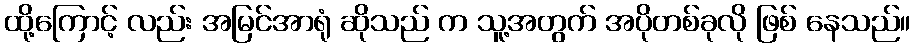
ထို့ကြောင့် လည်း အမြင်အာရုံ ဆိုသည် က သူ့အတွက် အပိုတစ်ခုလို ဖြစ် နေသည်။